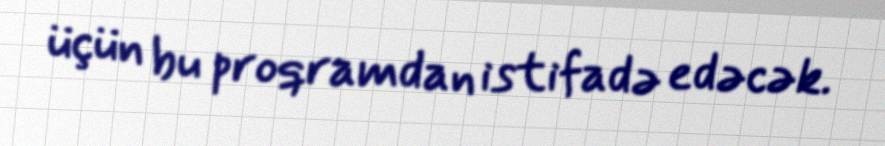
üçün bu proqramdan istifadə edəcək.